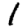
Digit: 1